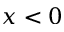
x < 0